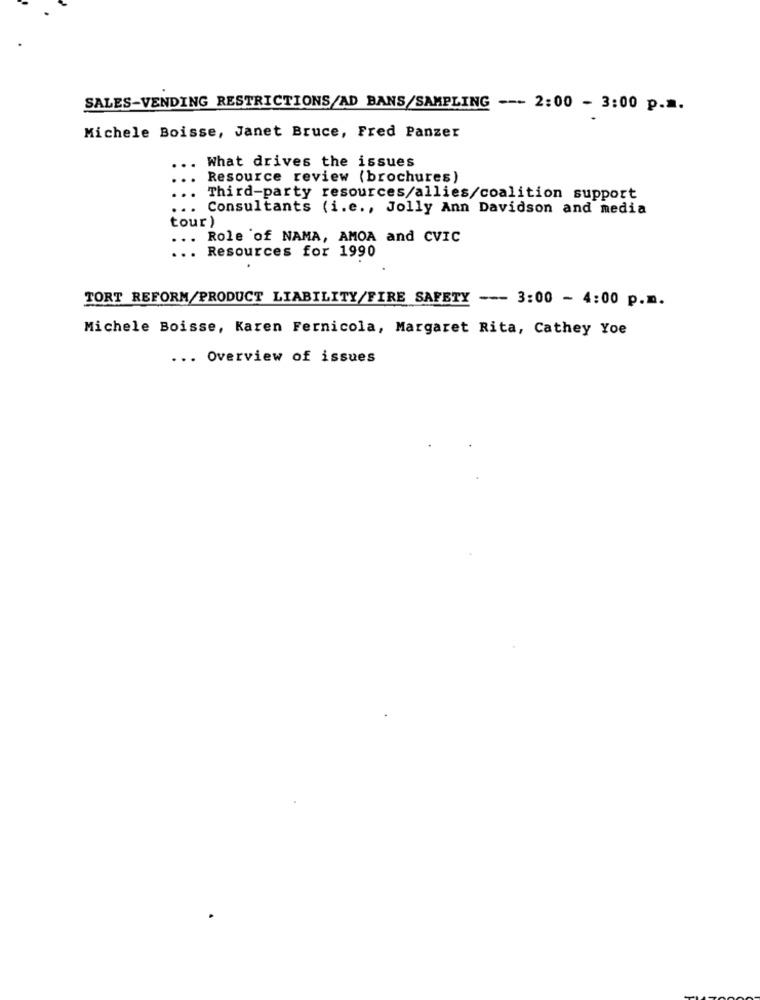
SALES-VENDING RESTRICTIONS/AD BANS/SAMPLING --- 2:00 - 3:00 p.m.
Michele Boisse, Janet Bruce, Fred Panzer
What drives the issues
Resource review (brochures)
. Third-party resources/allies/coalition support
.. Consultants (i.e ., Jolly Ann Davidson and media
tour )
...
Role of NAMA, AMOA and CVIC
... Resources for 1990
TORT REFORM/PRODUCT LIABILITY/FIRE SAFETY --- 3:00 - 4:00 p.m.
Michele Boisse, Karen Fernicola, Margaret Rita, Cathey Yoe
... Overview of issues